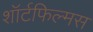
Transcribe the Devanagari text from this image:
शॉर्टफिल्मस